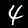
Label: 4